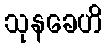
သုနခေဟိ